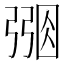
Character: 𢐑